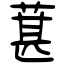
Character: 葚